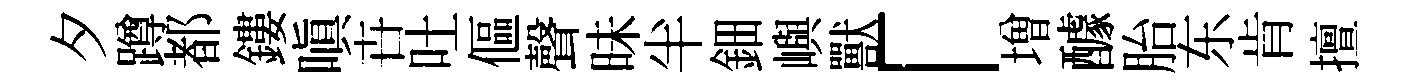
夕蹲都鏤嗔卋吐傴聲昧半鈿嶼獸「増醵胎东肯擅